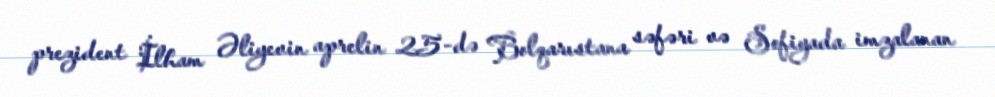
prezident İlham Əliyevin aprelin 25-də Bolqarıstana səfəri və Sofiyada imzalanan